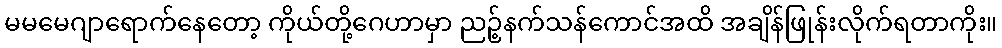
မမမေဂျာရောက်နေတော့ ကိုယ်တို့ဂေဟာမှာ ညဉ့်နက်သန်ကောင်အထိ အချိန်ဖြုန်းလိုက်ရတာကိုး။